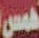
همس